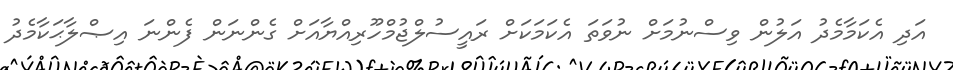
އަދި އެކަމާމެދު އަލުން ވިސްނުމަށް ނުވަތަ އެކަމަކަށް ރައީސުލްޖުމްހޫރިއްޔާއަށް ގެންނަން ފެންނަ އިޞްލާޙަކާމެދު